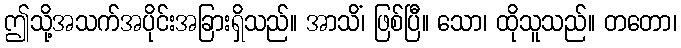
ဤသို့အသက်အပိုင်းအခြားရှိသည်။ အာသိံ၊ ဖြစ်ပြီ။ သော၊ ထိုသူသည်။ တတော၊